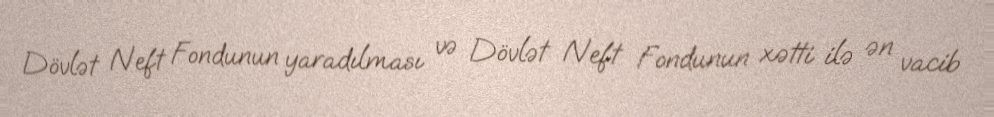
Dövlət Neft Fondunun yaradılması və Dövlət Neft Fondunun xətti ilə ən vacib